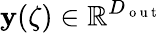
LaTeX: \mathbf{y}(\zeta)\in\mathbb{R}^{D_{\mathrm{~o~u~t~}}}